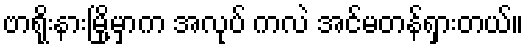
ဗာရိုးနားမြို့မှာက အလုပ် ကလဲ အင်မတန်ရှားတယ်။